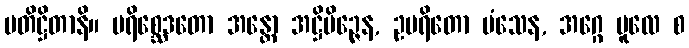
ပတိဋ္ဌိတာနိ။ ပရိစ္ဆေဒတော အန္တော အဋ္ဌိမိဉ္ဇေန, ဥပရိတော မံသေန, အဂ္ဂေ မူလေ စ